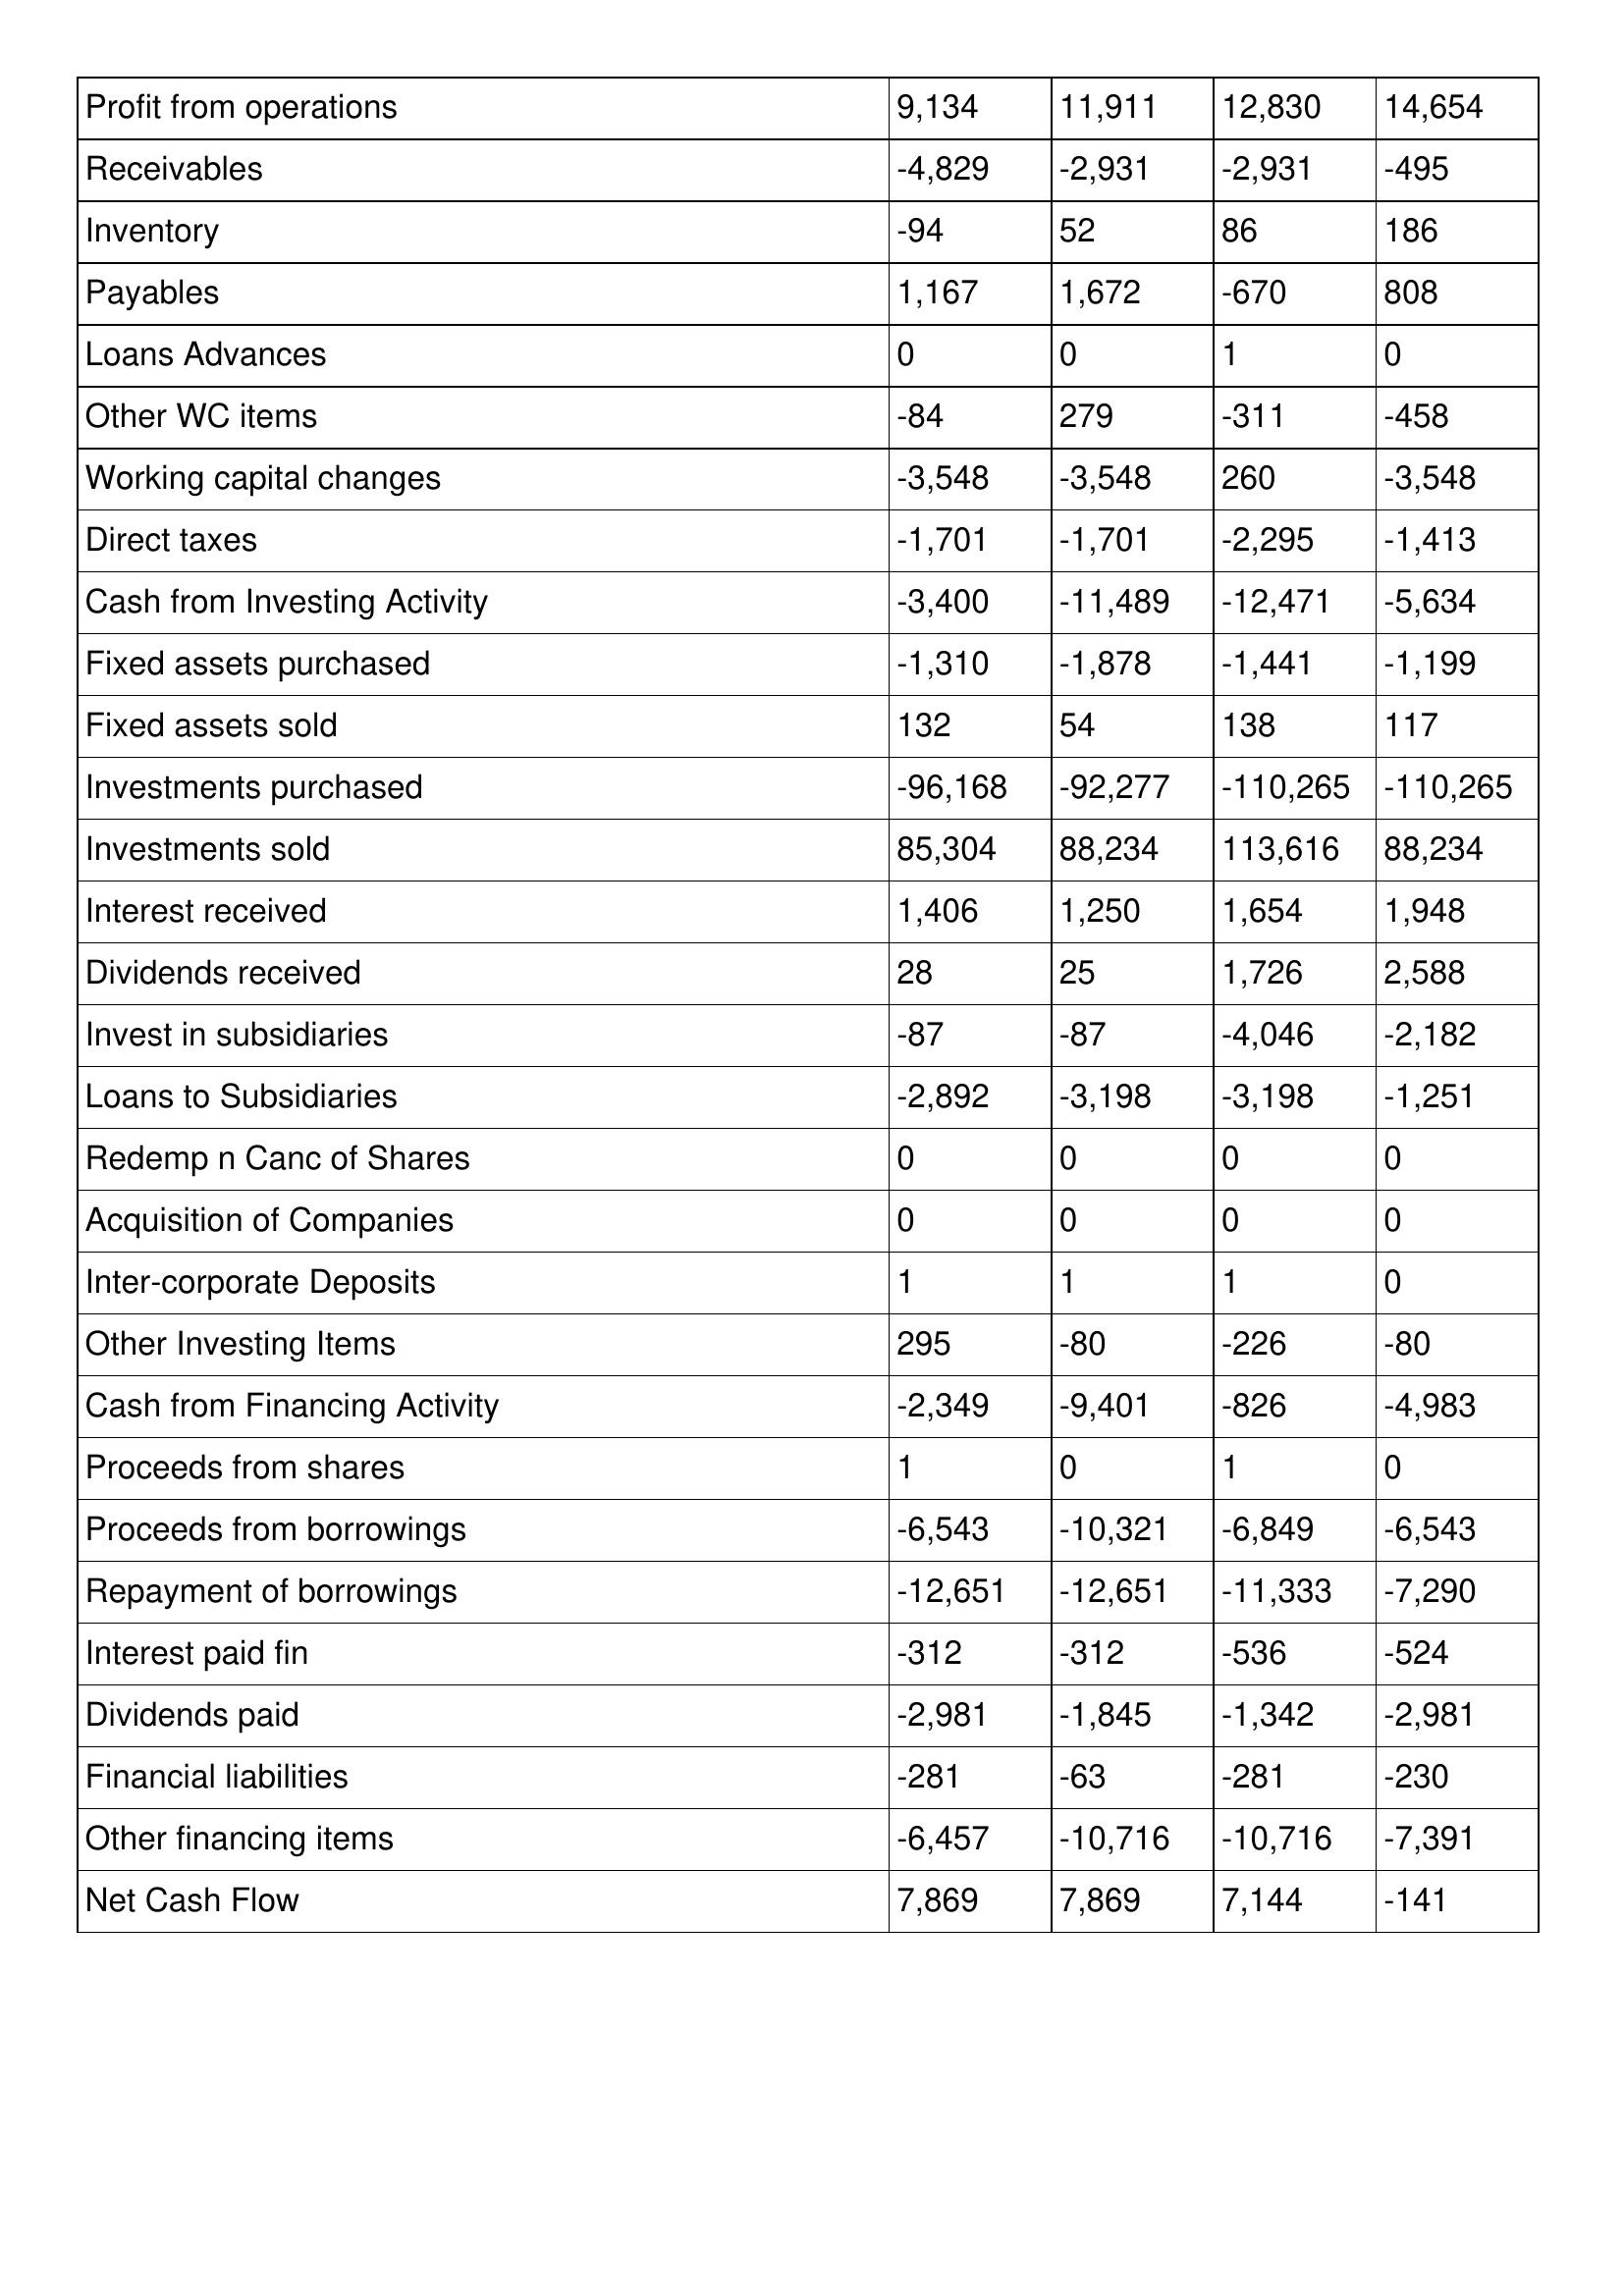
gt_parse: 2020: Cash Flows: Profit from operations: 9,134
Receivables: -4,829
Inventory: -94
Payables: 1,167
Loans Advances: 0
Other WC items: -84
Working capital changes: -3,548
Direct taxes: -1,701
Cash from Investing Activity: -3,400
Fixed assets purchased: -1,310
Fixed assets sold: 132
Investments purchased: -96,168
Investments sold: 85,304
Interest received: 1,406
Dividends received: 28
Invest in subsidiaries: -87
Loans to Subsidiaries: -2,892
Redemp n Canc of Shares: 0
Acquisition of Companies: 0
Inter-corporate Deposits: 1
Other Investing Items: 295
Cash from Financing Activity: -2,349
Proceeds from shares: 1
Proceeds from borrowings: -6,543
Repayment of borrowings: -12,651
Interest paid fin: -312
Dividends paid: -2,981
Financial liabilities: -281
Other financing items: -6,457
Net Cash Flow: 7,869
2019: Cash Flows: Profit from operations: 11,911
Receivables: -2,931
Inventory: 52
Payables: 1,672
Loans Advances: 0
Other WC items: 279
Working capital changes: -3,548
Direct taxes: -1,701
Cash from Investing Activity: -11,489
Fixed assets purchased: -1,878
Fixed assets sold: 54
Investments purchased: -92,277
Investments sold: 88,234
Interest received: 1,250
Dividends received: 25
Invest in subsidiaries: -87
Loans to Subsidiaries: -3,198
Redemp n Canc of Shares: 0
Acquisition of Companies: 0
Inter-corporate Deposits: 1
Other Investing Items: -80
Cash from Financing Activity: -9,401
Proceeds from shares: 0
Proceeds from borrowings: -10,321
Repayment of borrowings: -12,651
Interest paid fin: -312
Dividends paid: -1,845
Financial liabilities: -63
Other financing items: -10,716
Net Cash Flow: 7,869
2018: Cash Flows: Profit from operations: 12,830
Receivables: -2,931
Inventory: 86
Payables: -670
Loans Advances: 1
Other WC items: -311
Working capital changes: 260
Direct taxes: -2,295
Cash from Investing Activity: -12,471
Fixed assets purchased: -1,441
Fixed assets sold: 138
Investments purchased: -110,265
Investments sold: 113,616
Interest received: 1,654
Dividends received: 1,726
Invest in subsidiaries: -4,046
Loans to Subsidiaries: -3,198
Redemp n Canc of Shares: 0
Acquisition of Companies: 0
Inter-corporate Deposits: 1
Other Investing Items: -226
Cash from Financing Activity: -826
Proceeds from shares: 1
Proceeds from borrowings: -6,849
Repayment of borrowings: -11,333
Interest paid fin: -536
Dividends paid: -1,342
Financial liabilities: -281
Other financing items: -10,716
Net Cash Flow: 7,144
2017: Cash Flows: Profit from operations: 14,654
Receivables: -495
Inventory: 186
Payables: 808
Loans Advances: 0
Other WC items: -458
Working capital changes: -3,548
Direct taxes: -1,413
Cash from Investing Activity: -5,634
Fixed assets purchased: -1,199
Fixed assets sold: 117
Investments purchased: -110,265
Investments sold: 88,234
Interest received: 1,948
Dividends received: 2,588
Invest in subsidiaries: -2,182
Loans to Subsidiaries: -1,251
Redemp n Canc of Shares: 0
Acquisition of Companies: 0
Inter-corporate Deposits: 0
Other Investing Items: -80
Cash from Financing Activity: -4,983
Proceeds from shares: 0
Proceeds from borrowings: -6,543
Repayment of borrowings: -7,290
Interest paid fin: -524
Dividends paid: -2,981
Financial liabilities: -230
Other financing items: -7,391
Net Cash Flow: -141